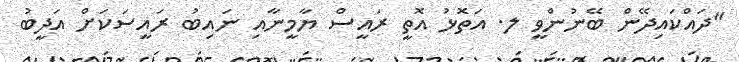
"ދައްކައިދޭން ބޭނުންވީ ލ. އަތޮޅު އޮތީ ރައީސް ޔާމީނާއި ނައިބު ރައީސަކަށް އަދީބު